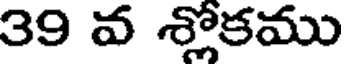
39 వ శ్లోకము